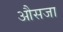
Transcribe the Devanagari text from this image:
औसजा